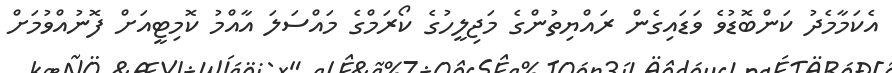
އެކަމާމެދު ކަންބޮޑުވެ ވަޑައިގެން ރައްޔިތުންގެ މަޖިލީހުގެ ކޯރަމްގެ މައްސަލަ އާއްމު ކޮމިޓީއަށް ފޮނުއްވުމަށް